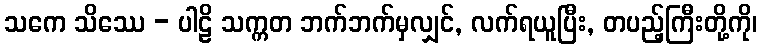
သကေ သိဿေ - ပါဠိ သက္ကတ ဘက်ဘက်မှလျှင်, လက်ရယူပြီး, တပည့်ကြီးတို့ကို၊